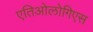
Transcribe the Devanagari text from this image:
एतिओलोगिएस